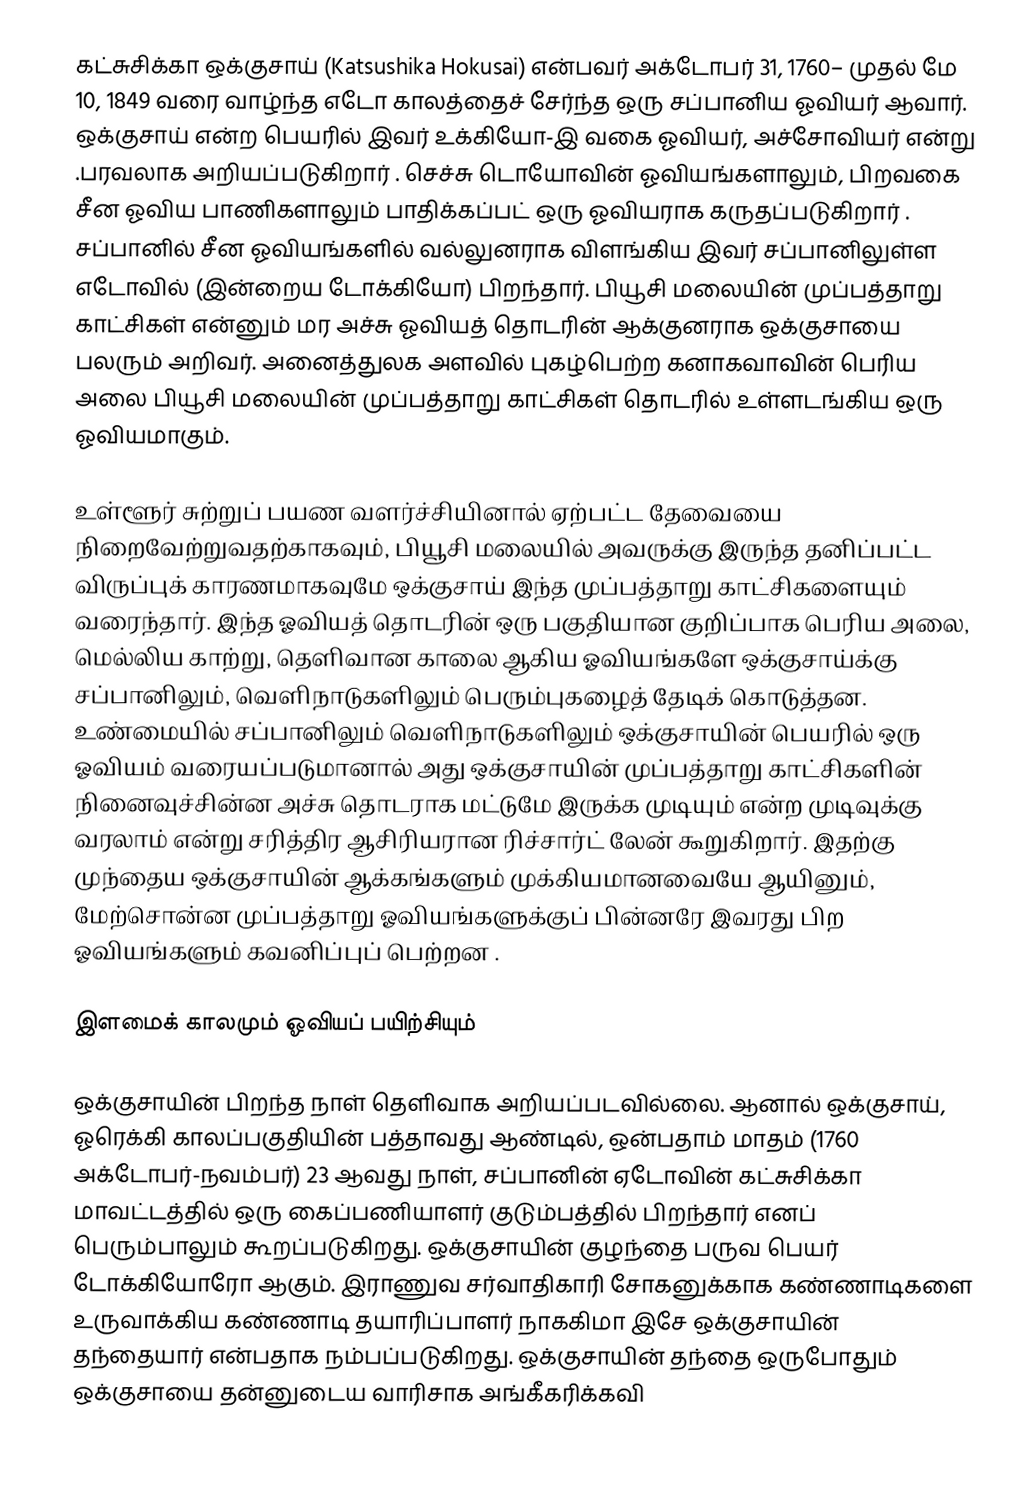
கட்சுசிக்கா ஒக்குசாய் (Katsushika Hokusai) என்பவர்  அக்டோபர் 31, 1760– முதல் மே 10, 1849 வரை வாழ்ந்த எடோ காலத்தைச் சேர்ந்த ஒரு சப்பானிய ஓவியர் ஆவார். ஒக்குசாய் என்ற பெயரில் இவர் உக்கியோ-இ வகை ஓவியர், அச்சோவியர் என்று .பரவலாக அறியப்படுகிறார் . செச்சு டொயோவின் ஓவியங்களாலும், பிறவகை சீன ஓவிய பாணிகளாலும் பாதிக்கப்பட் ஒரு ஓவியராக கருதப்படுகிறார் . சப்பானில் சீன ஓவியங்களில் வல்லுனராக விளங்கிய இவர் சப்பானிலுள்ள எடோவில் (இன்றைய டோக்கியோ) பிறந்தார். பியூசி மலையின் முப்பத்தாறு காட்சிகள் என்னும் மர அச்சு ஓவியத் தொடரின் ஆக்குனராக ஒக்குசாயை பலரும் அறிவர். அனைத்துலக அளவில் புகழ்பெற்ற  கனாகவாவின் பெரிய அலை பியூசி மலையின் முப்பத்தாறு காட்சிகள் தொடரில் உள்ளடங்கிய ஒரு ஓவியமாகும்.

உள்ளூர் சுற்றுப் பயண வளர்ச்சியினால் ஏற்பட்ட தேவையை நிறைவேற்றுவதற்காகவும், பியூசி மலையில் அவருக்கு இருந்த தனிப்பட்ட விருப்புக் காரணமாகவுமே ஒக்குசாய் இந்த முப்பத்தாறு காட்சிகளையும் வரைந்தார். இந்த ஓவியத் தொடரின் ஒரு பகுதியான குறிப்பாக பெரிய அலை, மெல்லிய காற்று, தெளிவான காலை ஆகிய ஓவியங்களே ஒக்குசாய்க்கு சப்பானிலும், வெளிநாடுகளிலும் பெரும்புகழைத் தேடிக் கொடுத்தன. உண்மையில் சப்பானிலும் வெளிநாடுகளிலும் ஒக்குசாயின் பெயரில் ஒரு ஓவியம் வரையப்படுமானால் அது ஒக்குசாயின் முப்பத்தாறு காட்சிகளின் நினைவுச்சின்ன அச்சு தொடராக மட்டுமே இருக்க முடியும் என்ற முடிவுக்கு வரலாம் என்று சரித்திர ஆசிரியரான ரிச்சார்ட் லேன் கூறுகிறார். இதற்கு முந்தைய ஒக்குசாயின் ஆக்கங்களும் முக்கியமானவையே ஆயினும், மேற்சொன்ன முப்பத்தாறு ஓவியங்களுக்குப் பின்னரே இவரது பிற ஓவியங்களும் கவனிப்புப் பெற்றன .

இளமைக் காலமும் ஓவியப் பயிற்சியும்

ஒக்குசாயின் பிறந்த நாள் தெளிவாக அறியப்படவில்லை. ஆனால் ஒக்குசாய், ஓரெக்கி காலப்பகுதியின் பத்தாவது ஆண்டில், ஒன்பதாம் மாதம் (1760 அக்டோபர்-நவம்பர்) 23 ஆவது நாள், சப்பானின் ஏடோவின் கட்சுசிக்கா மாவட்டத்தில் ஒரு கைப்பணியாளர் குடும்பத்தில் பிறந்தார் எனப் பெரும்பாலும் கூறப்படுகிறது. ஒக்குசாயின் குழந்தை பருவ பெயர் டோக்கியோரோ ஆகும். இராணுவ சர்வாதிகாரி சோகனுக்காக கண்ணாடிகளை உருவாக்கிய கண்ணாடி தயாரிப்பாளர் நாககிமா இசே ஒக்குசாயின் தந்தையார் என்பதாக நம்பப்படுகிறது. ஒக்குசாயின் தந்தை ஒருபோதும் ஒக்குசாயை தன்னுடைய வாரிசாக அங்கீகரிக்கவி